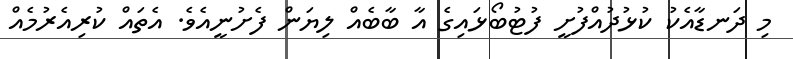
މި ދަނޑާއެކު ކުޅުދުއްފުށީ ފުޓުބޯޅައިގެ އާ ބާބެއް ލިޔަން ފެށުނީއެވެ. އެތައް ކުރިއެރުމެއް